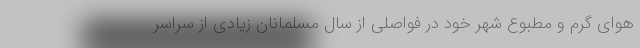
هوای گرم و مطبوع شهر خود در فواصلی از سال مسلمانان زیادی از سراسر